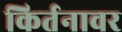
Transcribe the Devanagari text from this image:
किर्तनावर